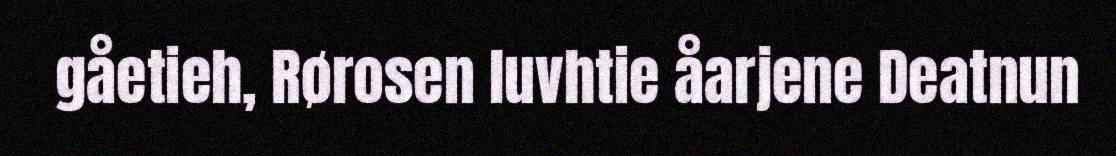
gåetieh, Rørosen luvhtie åarjene Deatnun